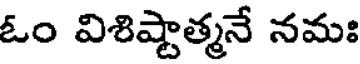
ఓం విశిష్టాత్మనే నమః